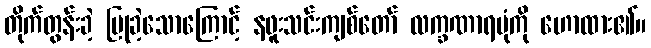
တိုက်တွန်းခဲ့ ပြုခဲ့သောကြောင့် နဖူးသင်းကျစ်တော် လက္ခဏာရပုံကို ဟောထား၏။